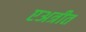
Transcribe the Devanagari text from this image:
एअत्रीत